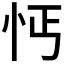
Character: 𢗙